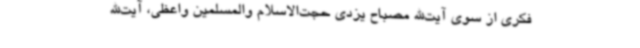
فکری از سوی آیت‌الله مصباح یزدی حجت‌الاسلام والمسلمین واعظی، آیت‌الله